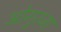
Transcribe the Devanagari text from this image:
ओगुरजा